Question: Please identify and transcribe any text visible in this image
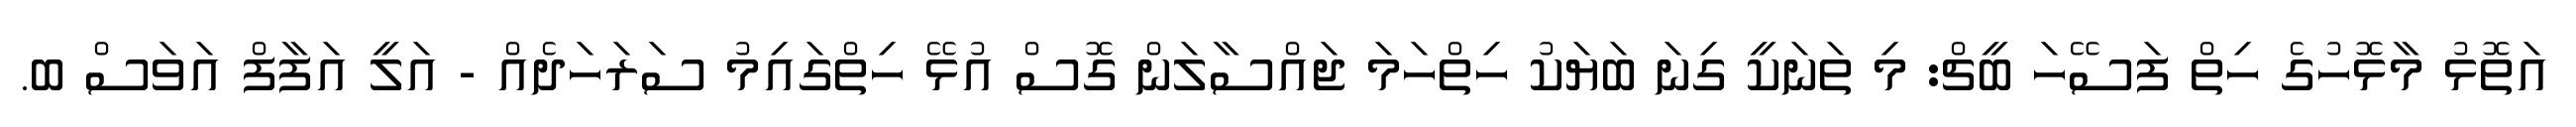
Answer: އަތޮޅު މާޅޮހުގެ ހިތް ފަސޭހަ ބީޗް: މި ތަނަކީ ގިނަ ބަޔަކު ހިތްހަމަ ޖައްސާލަން ގޮސް އުޅޭ ހިތްގައިމު ސަރަހަދެއް - އަލީ އަފާފް އަވަސް ބ.